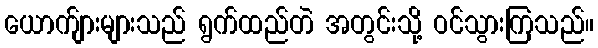
ယောက်ျားများသည် ရွက်ထည်တဲ အတွင်းသို့ ဝင်သွားကြသည်။